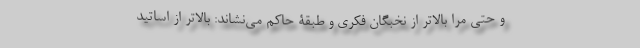
و حتی مرا بالاتر از نخبگان فکری و طبقۀ حاکم می‌نشاند: بالاتر از اساتید